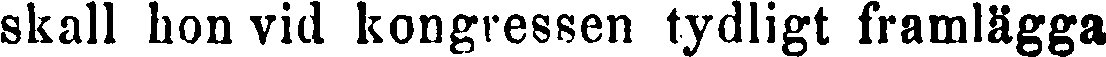
skall hon vid kongressen tydligt framlägga